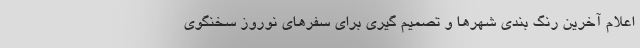
اعلام آخرین رنگ‌ بندی شهرها و تصمیم‌ گیری برای سفرهای نوروز سخنگوی